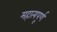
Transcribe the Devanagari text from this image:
महात्यपूर्ण